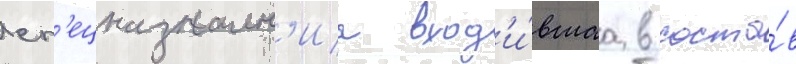
сп'ецназначен'иа вход'и́вшаа в соста́в